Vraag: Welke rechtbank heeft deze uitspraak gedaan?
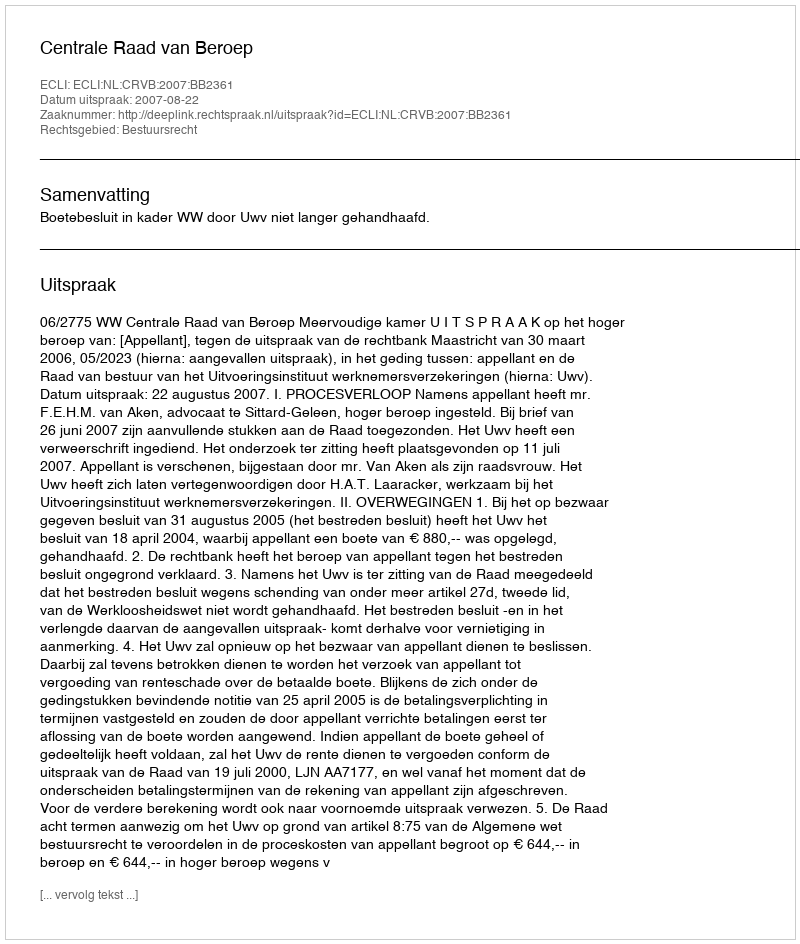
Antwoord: Centrale Raad van Beroep